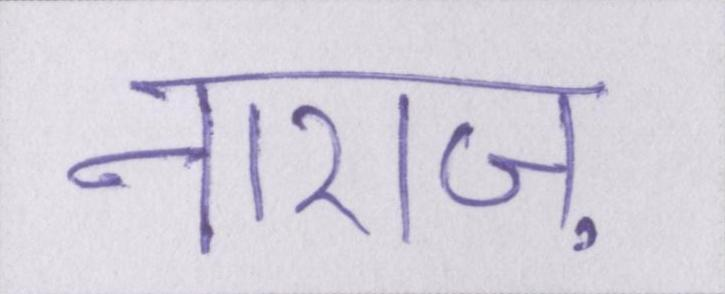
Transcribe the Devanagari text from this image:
नाराज़